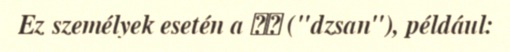
Ez személyek esetén a জন ("dzsan"), például: